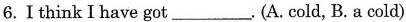
6.I think I have got___.(A. cold, B.a cold)